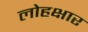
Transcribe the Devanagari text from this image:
लोहक्षार